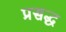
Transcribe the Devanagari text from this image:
प्रसद्ध